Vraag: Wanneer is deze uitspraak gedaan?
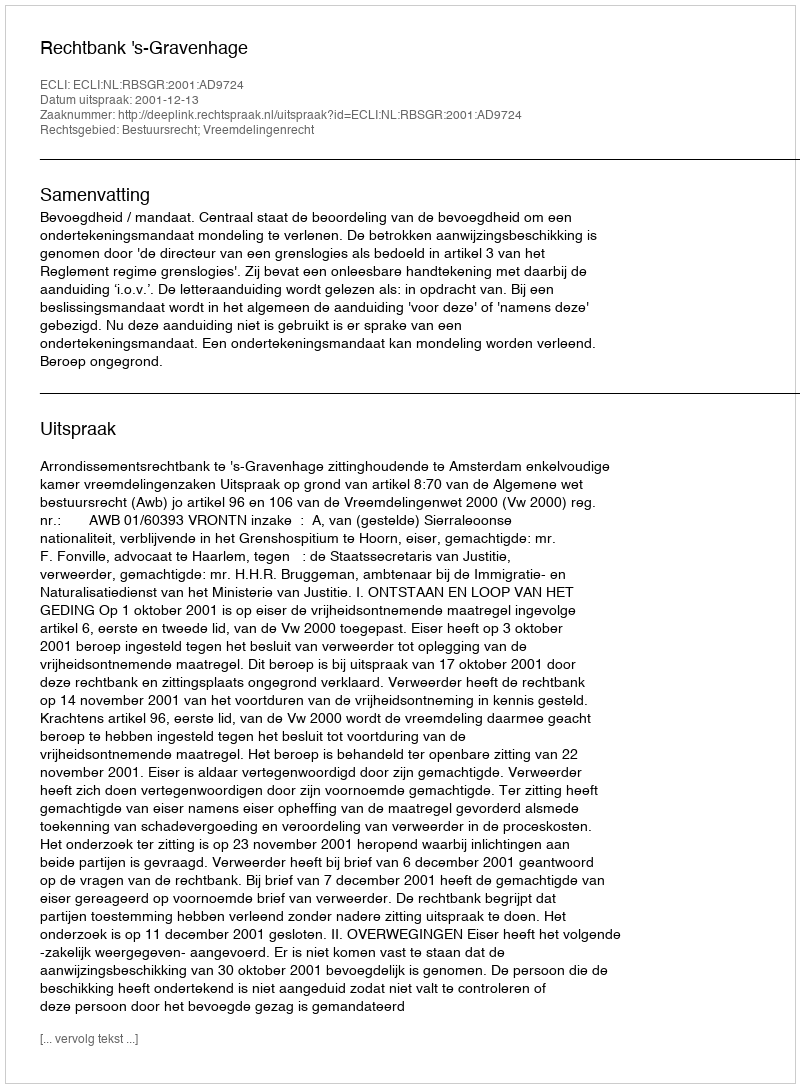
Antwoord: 2001-12-13